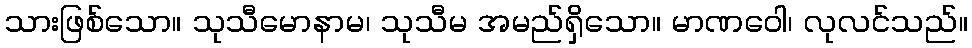
သားဖြစ်သော။ သုသီမောနာမ၊ သုသီမ အမည်ရှိသော။ မာဏဝေါ၊ လုလင်သည်။